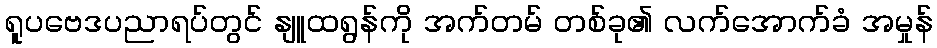
ရူပဗေဒပညာရပ်တွင် နျူထရွန်ကို အက်တမ် တစ်ခု၏ လက်အောက်ခံ အမှုန်